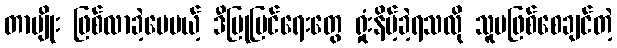
တာမျိုး ဖြစ်လာခဲ့ပေမယ့် ဒီပြုပြင်ရေးတွေ ရှုံးနိမ့်ခဲ့ရသလို သူမဖြစ်စေချင်တဲ့